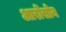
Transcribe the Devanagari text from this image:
आरोंसोन